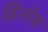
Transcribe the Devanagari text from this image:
ह्विलॉक